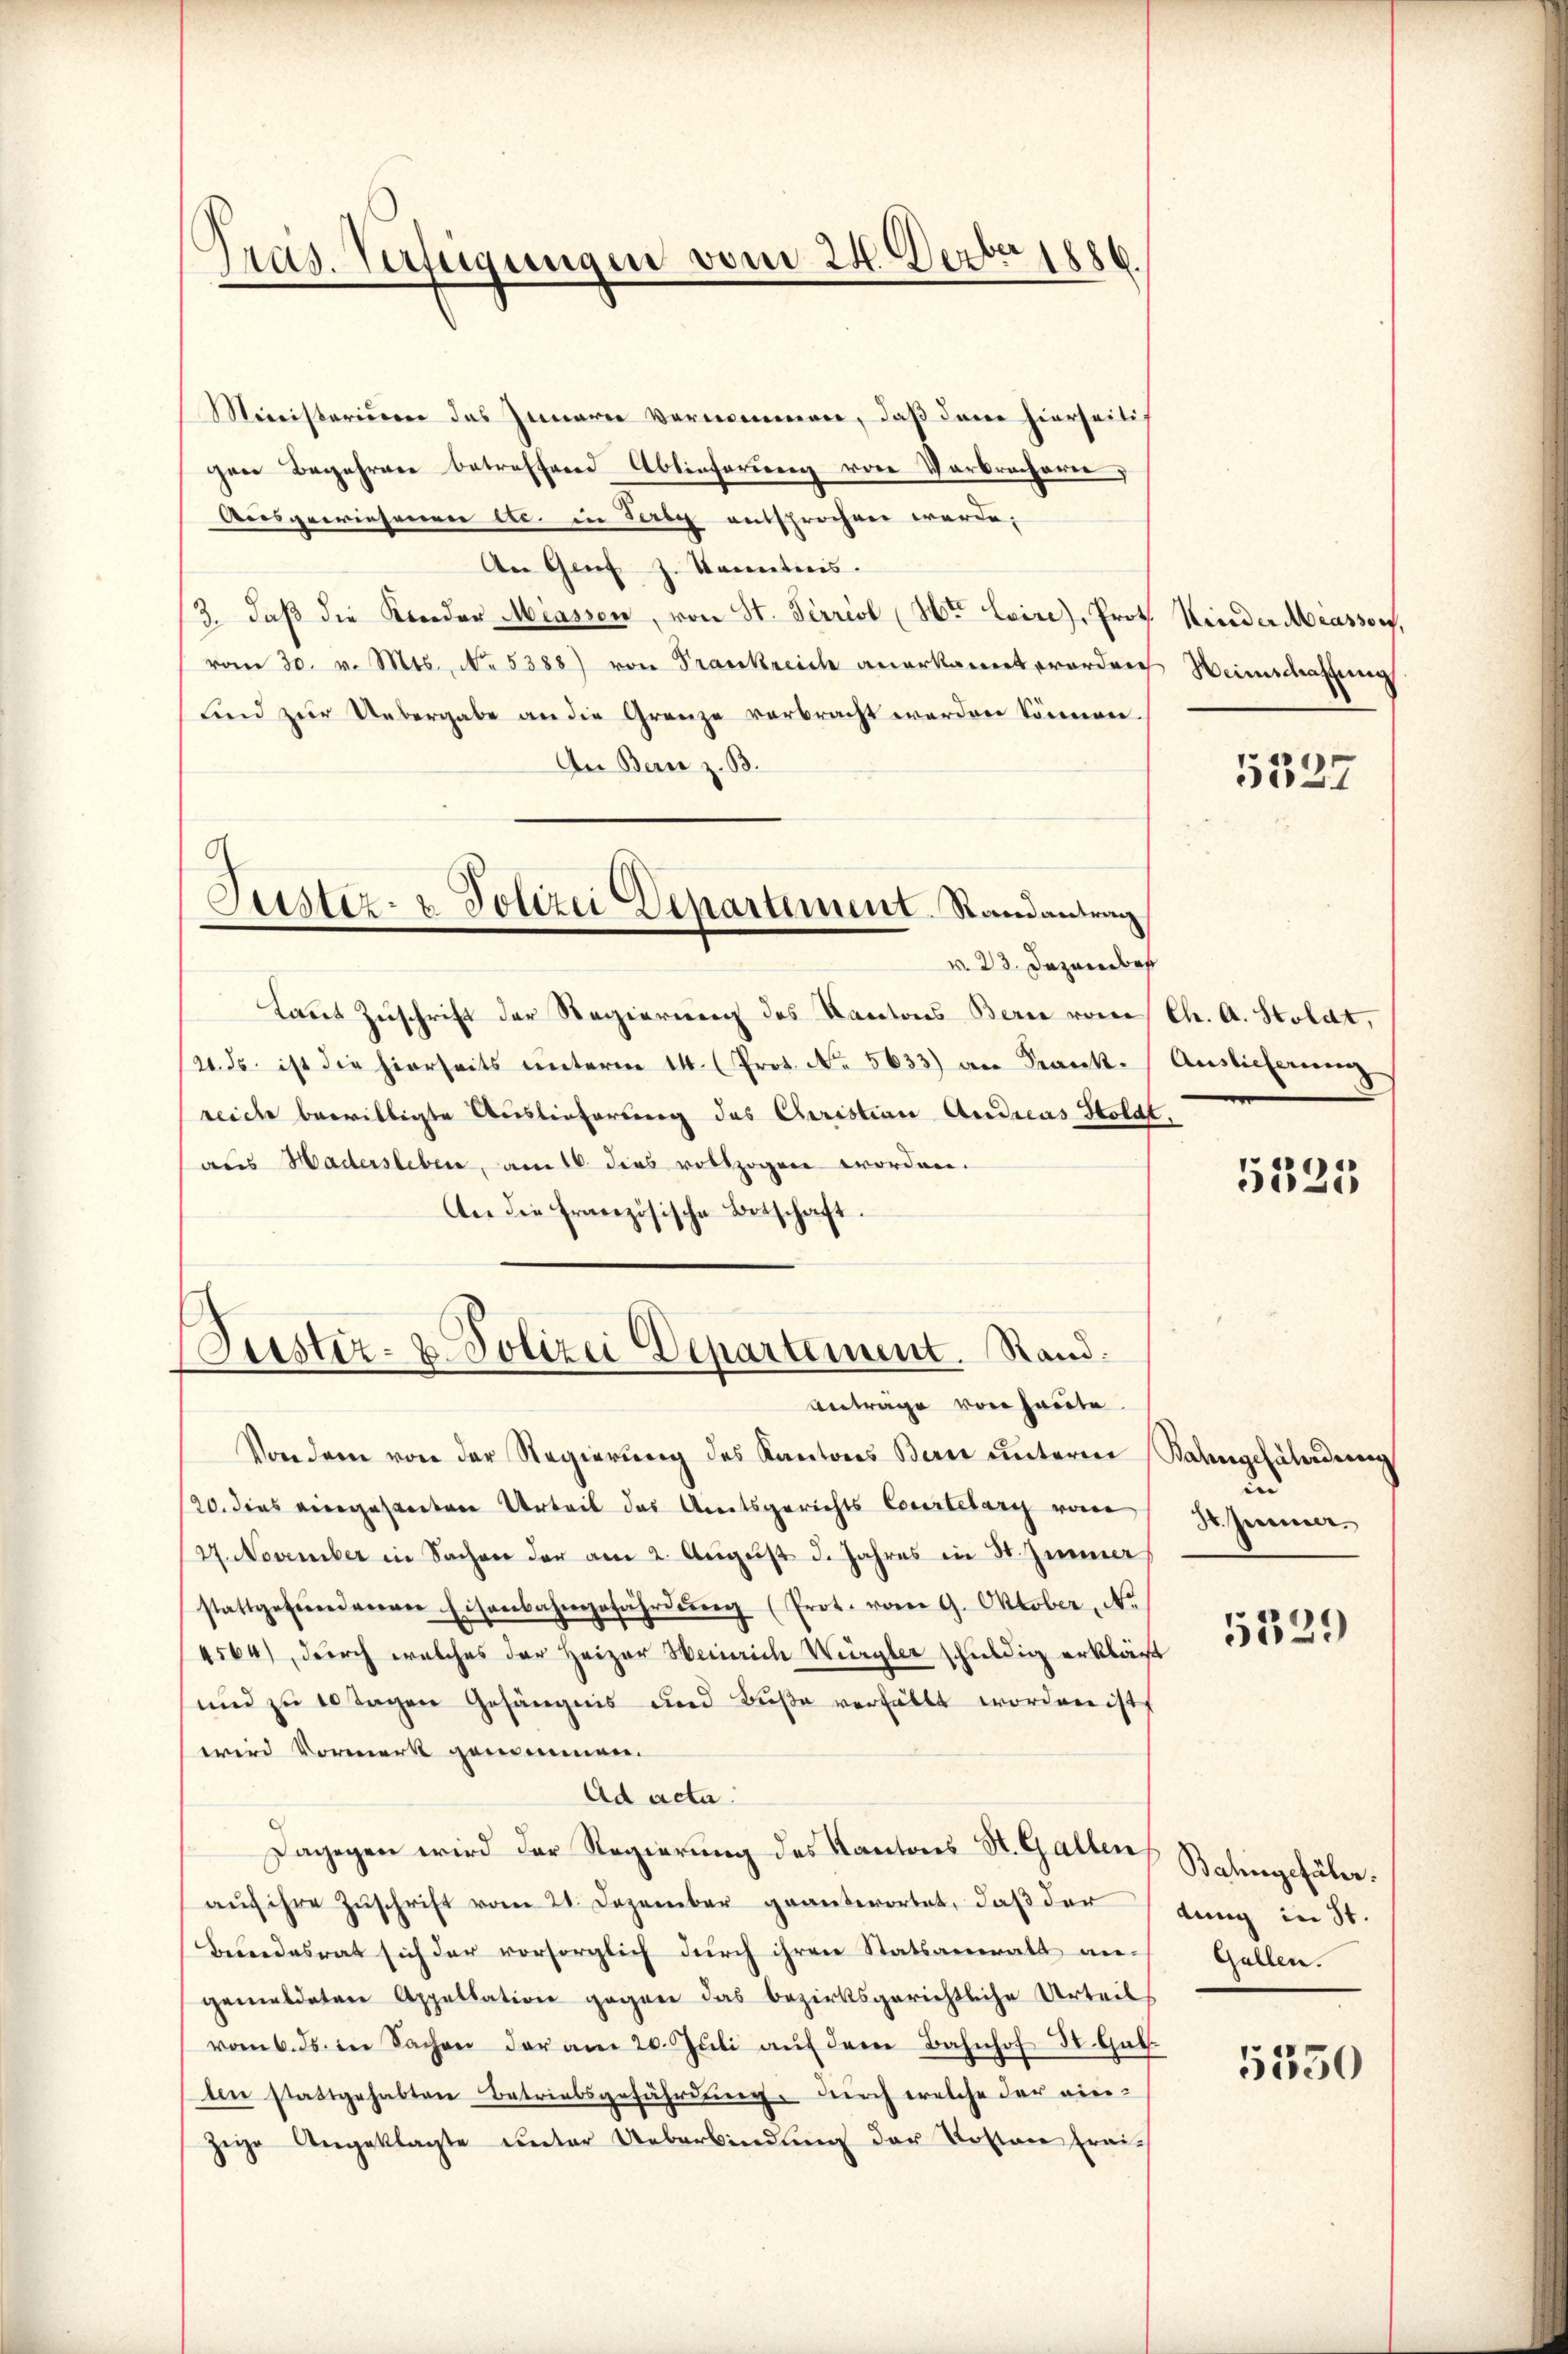
Pras. Verfügungen vom 24. Dezbr 1886.

Ministerieren das Innerer Vornennerer, daß dann hierheilich
gen Begehren betreffend Ablieferung von Verbrocheren,
Ausgewiesenen etc. in Berg entsprochen werde,
An Gent J. Kenntnis.
3. daβ die Kinder Miasson, von St. Terriol (Hr. Loire, Prot. Nieder Miassow,
vom 30. v. Mts., No. 5388) von Frankreich anerkannt worden Weinschaffung
und zur Uebergabe an die Grenze verbracht werden können.
An Bern z. B.
v. 23. Dezember
Laut Zuschrift der Regierung des Kantons Bern vom
21. ds. ist die hierseits ŭnterm 14. (Prot. No. 5633) an Krankreiche bewilligte Auslieferung des Christian Andreas Stoldt,
aus Hadersleben, am 16. dies vollzogen worden.
An die französische Botschaft.
Justiz- u. Polizei Departement. Rand.
Anträge von heute.
Von dem von der Regierŭng des Kantons Bern unterm
/20. dies eingesanten Urteil das Amtsgerichts Courtelary von
47. November in Sachen der am 2. Aŭgŭst 3. Jahres in 3. Zimmer
stattgefundenen Eisenbahngefährdŭng (Prot. vom 9. Oktober N.
4564), durch welches der Heizer Heinrich Würgler schuldig erklärt
und zu 10 Tagen Gefängnis und Buße verfällt worden ist
wird Vormerk genommmen.
Ad acta.
Dagegen wird der Regierung des Kantons St. Gallen Balingefähr.
aŭf ihre Zŭschrift vom 21. Dezember geantwortet, daβ der
Bundesrat sich der vorsorglich durch ihren Statsanwalt angemeldeten Appellation gegen das bezirksgerichtliche Urteil
vom 6. ds. in Sachen der am 20. Jŭli aŭf dem Bahnhof St. Gal
len stattgehabten Betriebsgefährdung durch welche der einzige Angeklagte unter Ueberbindung der Kosten frei¬

Justiz- & Polizei Departement. Randantrag
—

5327

Ch. A. Stoldt,
Anslicherung

5325

Bahngefährdung
un
H. Jenner.

5529

dung in St.
Gallen.

5350